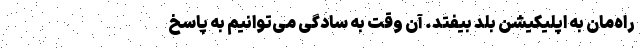
راه‌مان به اپلیکیشن بلد بیفتد. آن وقت به سادگی می‌توانیم به پاسخ